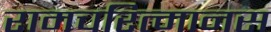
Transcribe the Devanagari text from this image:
रामचरित्मानस